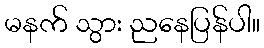
မနက် သွား ညနေပြန်ပါ။